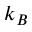
k _ { B }